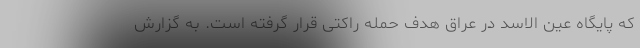
که پایگاه عین الاسد در عراق هدف حمله راکتی قرار گرفته است. به گزارش